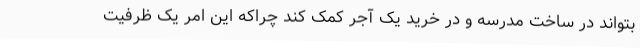
بتواند در ساخت مدرسه و در خرید یک آجر کمک کند چراکه این امر یک ظرفیت